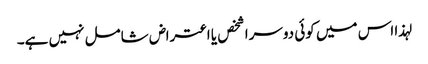
لہذا اس میں کوئی دوسرا شخص یا اعتراض شامل نہیں ہے۔